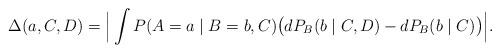
LaTeX: \begin{align*} \Delta(a, C, D) & = \Big| \int P(A=a \mid B = b,C)\big(dP_B(b \mid C , D) - dP_B(b \mid C) \big) \Big|. \end{align*}